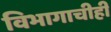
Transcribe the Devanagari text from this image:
विभागाचीही